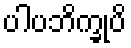
ပါပဘိက္ခုပိ